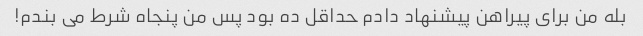
بله من برای پیراهن پیشنهاد دادم حداقل ده بود پس من پنجاه شرط می بندم!